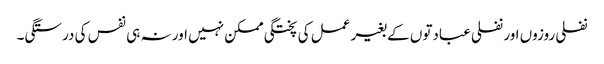
نفلی روزوں اور نفلی عبادتوں کے بغیر عمل کی پختگی ممکن نہیں اور نہ ہی نفس کی درستگی۔